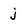
Character: j